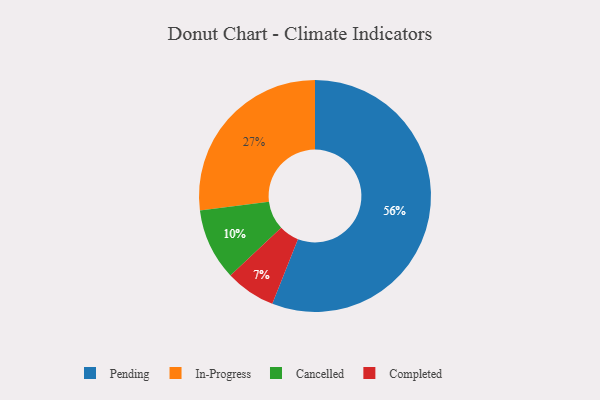
{"axis": {"x": "Category", "y": "Percentage"}, "legend": ["Cancelled", "Completed", "In-Progress", "Pending"], "data": [{"x": "Cancelled", "y": 10, "type": "Cancelled"}, {"x": "In-Progress", "y": 27, "type": "In-Progress"}, {"x": "Pending", "y": 56, "type": "Pending"}, {"x": "Completed", "y": 7, "type": "Completed"}]}